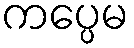
ကပ္ပေမ